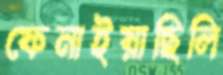
ফেনাইয়াছিলি